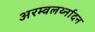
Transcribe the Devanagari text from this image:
अरम्वलर्थ्नादन